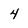
Character: 4